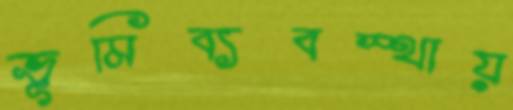
ভূমিব্যবস্থায়